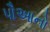
પૌઆનો